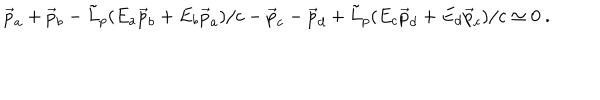
\vec { p } _ { a } + \vec { p } _ { b } - { \tilde { L } } _ { p } ( E _ { a } \vec { p } _ { b } + E _ { b } \vec { p } _ { a } ) / c - \vec { p } _ { c } - \vec { p } _ { d } + { \tilde { L } } _ { p } ( E _ { c } \vec { p } _ { d } + E _ { d } \vec { p } _ { c } ) / c \simeq 0 ~ .